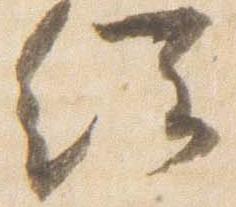
経